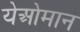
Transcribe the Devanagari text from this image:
येओमान